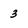
Character: 3